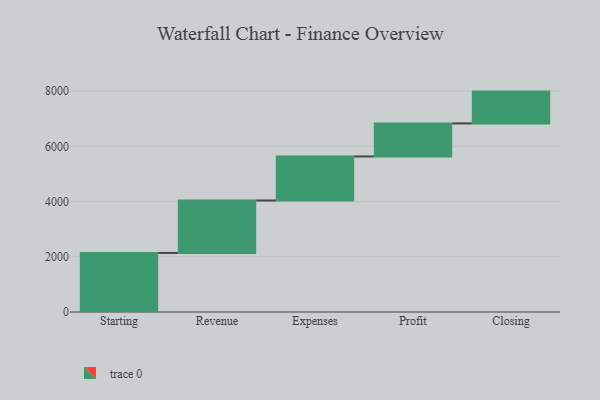
{"axis": {"x": "Step", "y": "Value"}, "legend": [""], "data": [{"x": "Starting", "y": 2139.0, "type": ""}, {"x": "Revenue", "y": 1900.0, "type": ""}, {"x": "Expenses", "y": 1595.0, "type": ""}, {"x": "Profit", "y": 1197.0, "type": ""}, {"x": "Closing", "y": 1152.0, "type": ""}]}